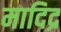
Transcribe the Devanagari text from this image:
मादिद्र